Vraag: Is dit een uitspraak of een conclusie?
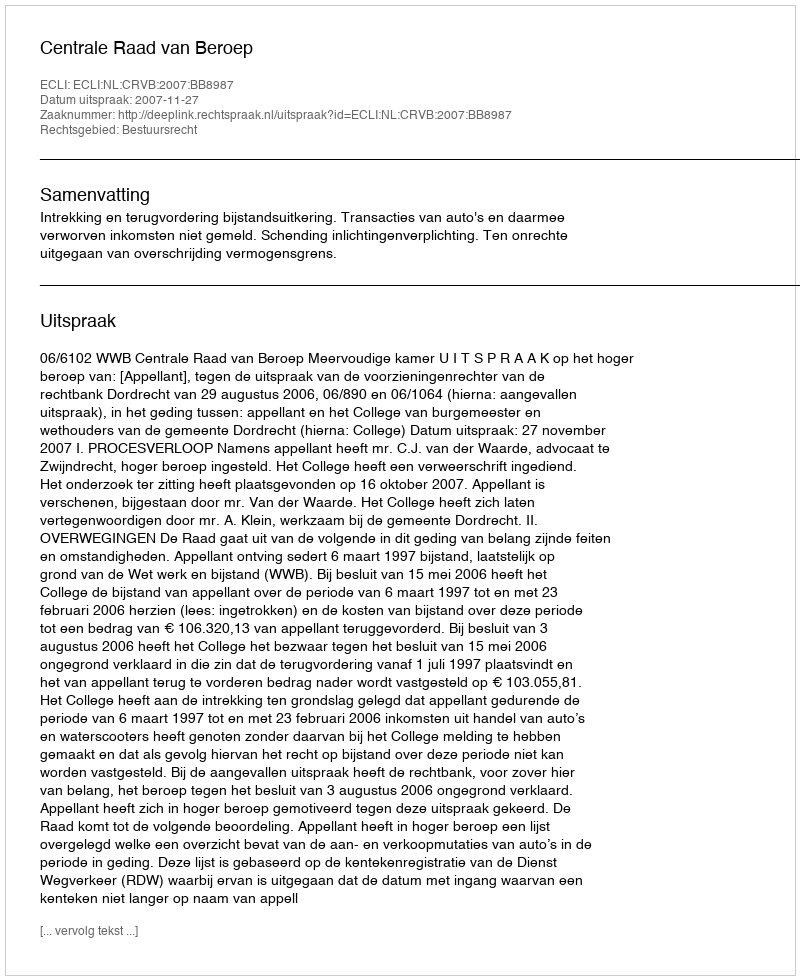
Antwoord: Uitspraak